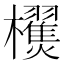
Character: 𣠜